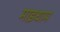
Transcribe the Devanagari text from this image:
माइधाम